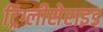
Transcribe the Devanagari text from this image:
ट्रिग्लीसेराइड